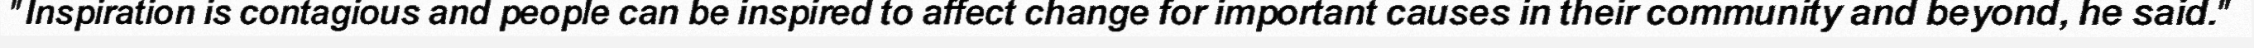
"Inspiration is contagious and people can be inspired to affect change for important causes in their community and beyond, he said."